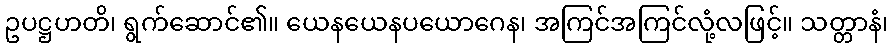
ဥပဋ္ဌဟတိ၊ ရွက်ဆောင်၏။ ယေနယေနပယောဂေန၊ အကြင်အကြင်လုံ့လဖြင့်။ သတ္တာနံ၊